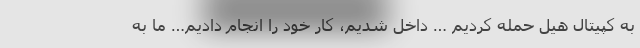
به کپیتال هیل حمله کردیم … داخل شدیم، کار خود را انجام دادیم… ما به